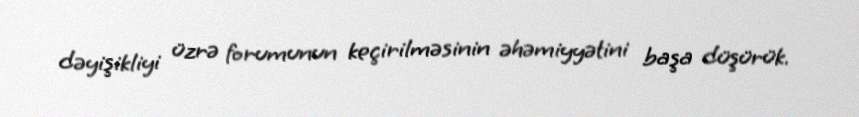
dəyişikliyi üzrə forumunun keçirilməsinin əhəmiyyətini başa düşürük.